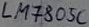
Text: LM7805C